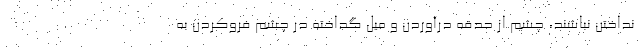
نداختن نباشند، چشم از حدقه درآوردن و میل گداخته در چشم فروکردن به